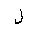
Letter: _lam